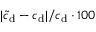
| \tilde { c } _ { \mathrm { d } } - c _ { \mathrm { d } } | / c _ { \mathrm { d } } \cdot 1 0 0 \